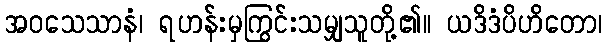
အဝသေသာနံ၊ ရဟန်းမှကြွင်းသမျှသူတို့၏။ ယဒိဒံပိဟိတော၊